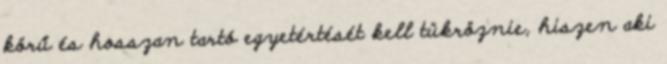
körű és hosszan tartó egyetértését kell tükröznie, hiszen aki